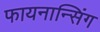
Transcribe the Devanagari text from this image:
फायनान्सिंग